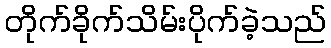
တိုက်ခိုက်သိမ်းပိုက်ခဲ့သည်